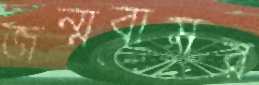
জন্মবাসর